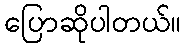
ပြောဆိုပါတယ်။